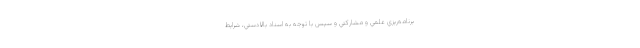
برنامه‌ريزي علمي و مشاركتي و سپس با توجه به اسناد بالادستي، شرايط